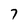
Character: 7